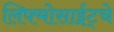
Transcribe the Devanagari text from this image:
लिफ्मोसाईट्चे